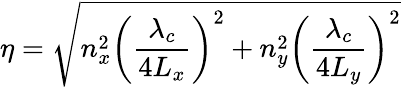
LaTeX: \eta=\sqrt{n_{x}^{2}\left(\frac{\lambda_{c}}{4L_{x}}\right)^{2}+n_{y}^{2}\left(\frac{\lambda_{c}}{4L_{y}}\right)^{2}}